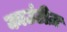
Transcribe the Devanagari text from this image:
काउंटीज़